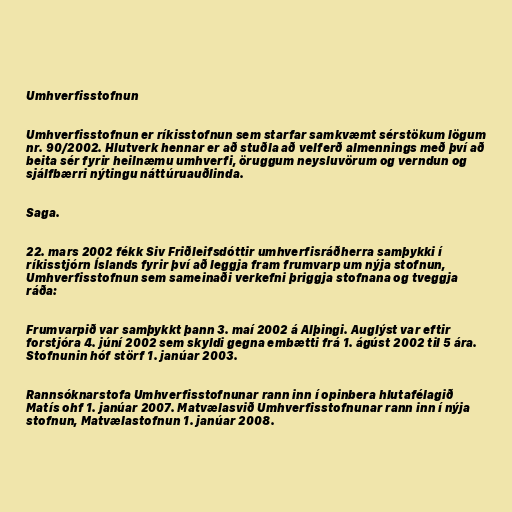
Umhverfisstofnun

Umhverfisstofnun er ríkisstofnun sem starfar samkvæmt sérstökum lögum
nr. 90/2002. Hlutverk hennar er að stuðla að velferð almennings með því að
beita sér fyrir heilnæmu umhverfi, öruggum neysluvörum og verndun og
sjálfbærri nýtingu náttúruauðlinda.

Saga.

22. mars 2002 fékk Siv Friðleifsdóttir umhverfisráðherra samþykki í
ríkisstjórn Íslands fyrir því að leggja fram frumvarp um nýja stofnun,
Umhverfisstofnun sem sameinaði verkefni þriggja stofnana og tveggja
ráða:

Frumvarpið var samþykkt þann 3. maí 2002 á Alþingi. Auglýst var eftir
forstjóra 4. júní 2002 sem skyldi gegna embætti frá 1. ágúst 2002 til 5 ára.
Stofnunin hóf störf 1. janúar 2003.

Rannsóknarstofa Umhverfisstofnunar rann inn í opinbera hlutafélagið
Matís ohf 1. janúar 2007. Matvælasvið Umhverfisstofnunar rann inn í nýja
stofnun, Matvælastofnun 1. janúar 2008.